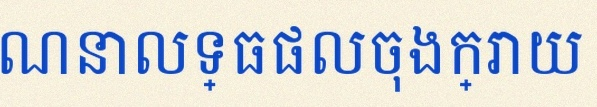
គណនាលទ្ធផលចុងក្រោយ